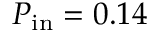
P _ { \mathrm { i n } } = 0 . 1 4